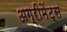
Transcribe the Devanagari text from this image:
अग्रीमेंट्स